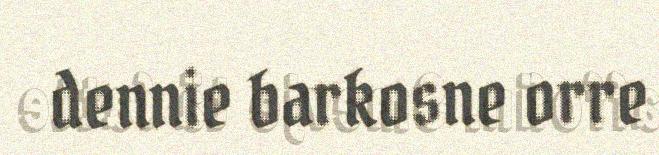
dennie barkosne orre